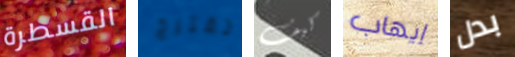
القسطرة تقترح كيف إيهاب بدل